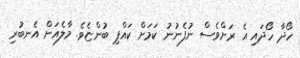
ހޯދާ ހޯދައި އެ ރަށްވެސް ނުފެނުނު ކަމަށް ކައްޕި ބުންޏެވެ. މާލެއަށް އެނބުރި